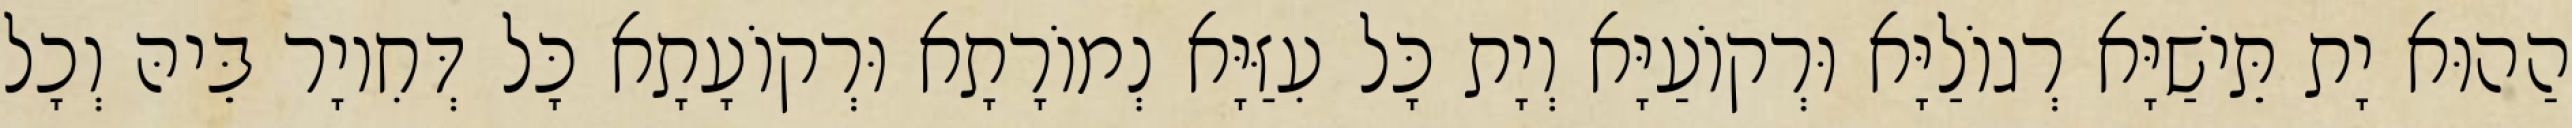
הַהוּא יָת תֵּישַׁיָּא רְגוֹלַיָּא וּרְקוֹעַיָּא וְיָת כָּל עִזַּיָּא נְמוֹרָתָא וּרְקוֹעָתָא כָּל דְּחִיוָר בֵּיהּ וְכָל